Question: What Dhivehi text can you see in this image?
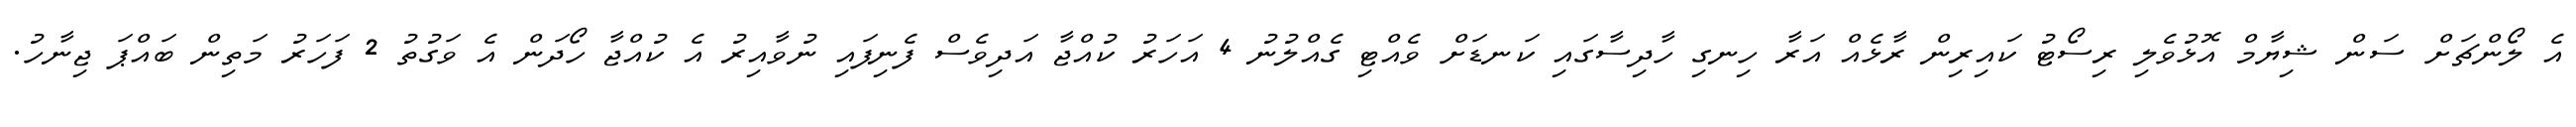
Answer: އެ ލޯންޗަށް ސަން ޝިޔާމް އޮޅުވެލި ރިސޯޓު ކައިރިން ރާޅެއް އަރާ ހިނގި ހާދިސާގައި ކަނޑަށް ވެއްޓި ގެއްލުނު 4 އަހަރު ކުއްޖާ އަދިވެސް ފެނިފައި ނުވާއިރު އެ ކުއްޖާ ހޯދަން އެ ވަގުތު 2 ފަހަރު މަތިން ބައްޕަ ޖިނާހު.